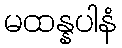
မထန္နပါနံ